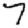
Digit: 7